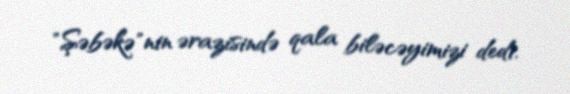
"Şəbəkə"nin ərazisində qala biləcəyimizi dedi.